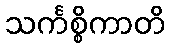
သင်္ကစ္စိကာတိ